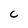
Character: C